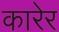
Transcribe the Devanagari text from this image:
कारेर